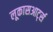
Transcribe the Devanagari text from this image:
लूकासआर्ट्स